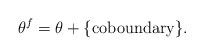
LaTeX: \begin{align*}\theta^f = \theta + \{\textrm{coboundary}\} .\end{align*}